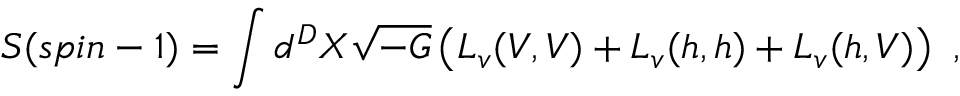
S ( s p i n - 1 ) = \int d ^ { D } X \sqrt { - G } \left( L _ { v } ( V , V ) + L _ { v } ( h , h ) + L _ { v } ( h , V ) \right) ~ ,